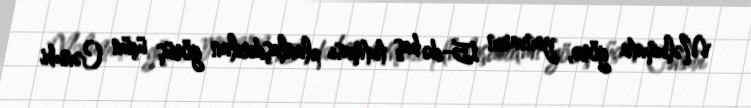
Məlumata görə, yanvarın 15-də baş tutması planlaşdırılan görüş üçün Cənubi